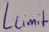
Text: Llimit